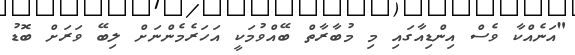
"އަނެއްކާ ވެސް އިންޑިއާގައި މި މުބާރާތް ބޭއްވުމަކީ އަހަރެމެންނަށް ލިބޭ ވަރަށް ބޮޑު